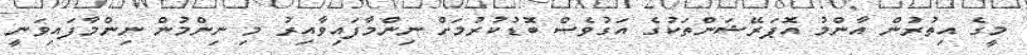
މީގެ އިތުރުން އާންމު އޮޕަރޭޝަންތަކުގެ އަގުވެސް ބޮޑުކުރުމަށް ނިންމާފައިވާއިރު މި ނިންމުން ނިންމާފައިވަނީ